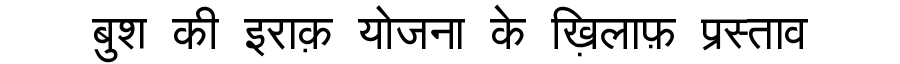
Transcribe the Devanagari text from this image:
बुश की इराक़ योजना के ख़िलाफ़ प्रस्ताव